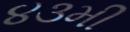
૪૩મી